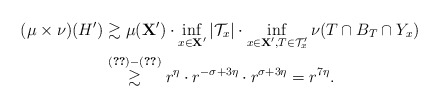
\begin{align*}(\mu\times\nu)(H') &\gtrsim \mu(\mathbf{X}') \cdot \inf_{x\in \mathbf{X}'} |\mathcal{T}_x| \cdot \inf_{x\in \mathbf{X}', T\in\mathcal{T}'_x} \nu(T\cap B_T\cap Y_x)\\&\overset{\eqref{eq: eqfraction}-\eqref{form61}}{\gtrsim} r^{\eta}\cdot r^{-\sigma + 3\eta} \cdot r^{\sigma+3\eta} = r^{7\eta}.\end{align*}